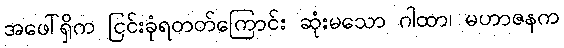
အဖေါ်ရှိက ငြင်းခုံရတတ်ကြောင်း ဆုံးမသော ဂါထာ၊ မဟာဇနက